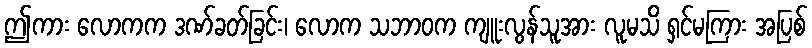
ဤကား လောကက ဒဏ်ခတ်ခြင်း၊ လောက သဘာဝက ကျူးလွန်သူအား လူမသိ ရှင်မကြား အပြစ်